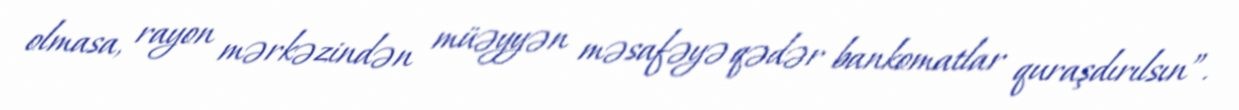
olmasa, rayon mərkəzindən müəyyən məsafəyə qədər bankomatlar quraşdırılsın”.